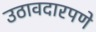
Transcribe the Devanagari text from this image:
उठावदारपणे